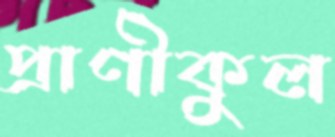
প্রাণীকুল